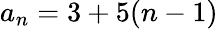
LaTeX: a_{n}=3+5(n-1)